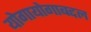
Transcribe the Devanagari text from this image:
योगायोगाबद्दल